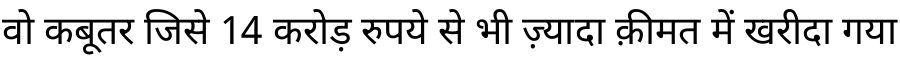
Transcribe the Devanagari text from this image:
वो कबूतर जिसे 14 करोड़ रुपये से भी ज़्यादा क़ीमत में खरीदा गया